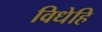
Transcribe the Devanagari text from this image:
विधेहि